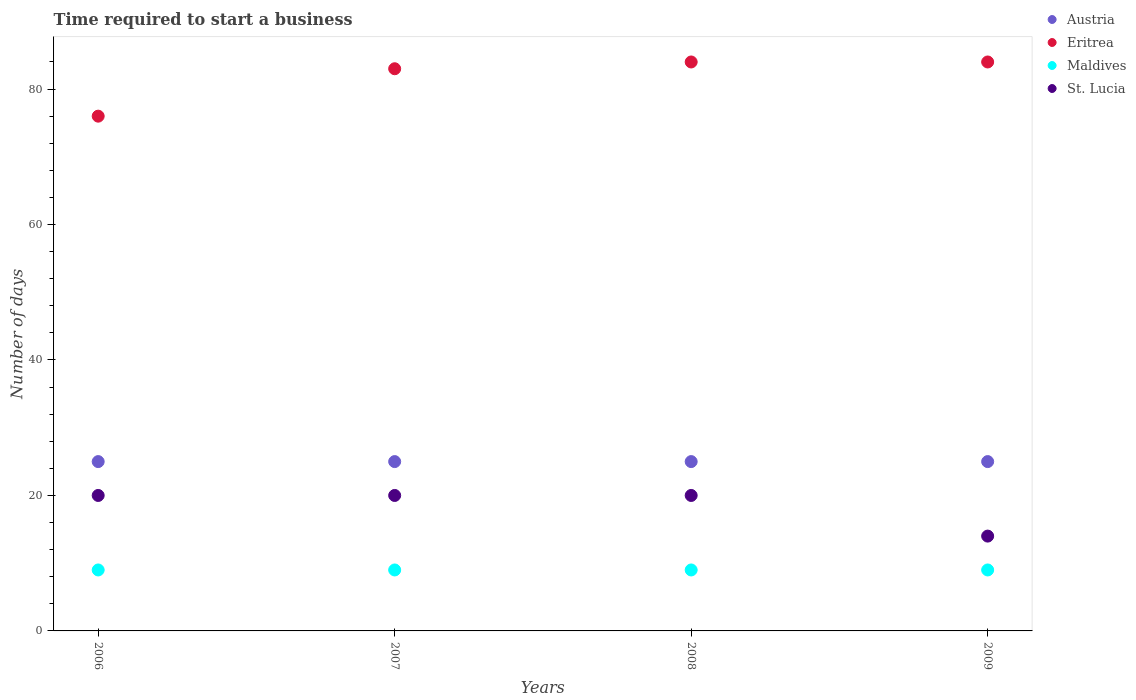
| Years | Austria | Eritrea | Maldives | St. Lucia |
 | --- | --- | --- | --- | --- |
 | 2006 | 25 | 76 | 9 | 20 |
 | 2007 | 25 | 83 | 9 | 20 |
 | 2008 | 25 | 84 | 9 | 20 |
 | 2009 | 25 | 84 | 9 | 14 |